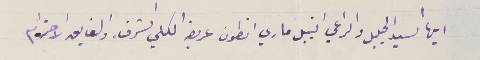
ايها السيد الجليل والراعي النبيل ماري انطون عريضه الكلي الشرف والفايق الاحترام